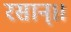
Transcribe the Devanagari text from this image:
रसान्।।